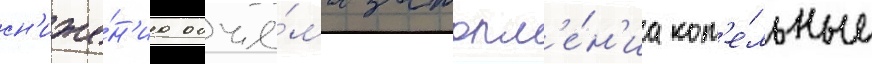
сн'иже́н'иа объё́ма затопл'е́н'иа кот'е́льные